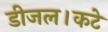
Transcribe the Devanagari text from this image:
डीजल।कटे